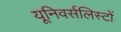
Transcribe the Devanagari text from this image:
यूनिवर्सलिस्टों